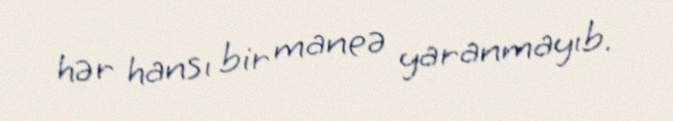
hər hansı bir maneə yaranmayıb.